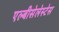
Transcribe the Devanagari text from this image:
एल्बीसेलेस्टेस